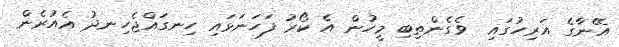
އޭނާގެ އަރިހުގައި  ވެގެންތިބި މީހުން އެ ކޯރު ފަހަނަޅައި ހިނގައްޖެހިނދު އެއުރެން